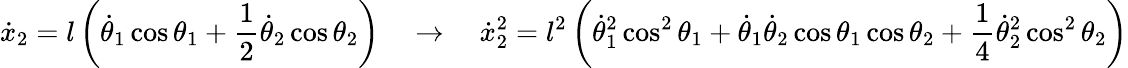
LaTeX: {\dot{x}}_{2}=l\left({\dot{\theta}}_{1}\cos\theta_{1}+{\frac{1}{2}}{\dot{\theta}}_{2}\cos\theta_{2}\right)\quad\rightarrow\quad{\dot{x}}_{2}^{2}=l^{2}\left({\dot{\theta}}_{1}^{2}\cos^{2}\theta_{1}+{\dot{\theta}}_{1}{\dot{\theta}}_{2}\cos\theta_{1}\cos\theta_{2}+{\frac{1}{4}}{\dot{\theta}}_{2}^{2}\cos^{2}\theta_{2}\right)